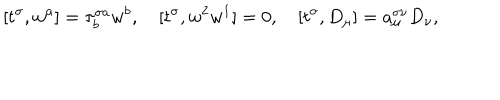
[ t ^ { \sigma } , w ^ { a } ] = \tau _ { b } ^ { \sigma a } w ^ { b } , \quad [ t ^ { \sigma } , w ^ { 2 } w ^ { 1 } ] = 0 , \quad [ t ^ { \sigma } , D _ { \mu } ] = a _ { \mu } ^ { \sigma \nu } D _ { \nu } ,